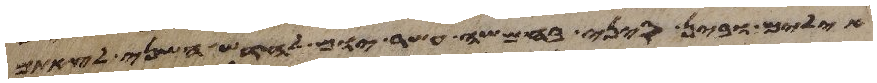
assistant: אילים ובין סיני בחמשה עשר יום לחדש השני לצאתם